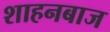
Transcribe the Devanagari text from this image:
शाहनबाज